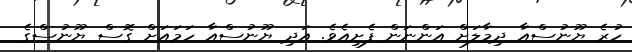
ހުރެ ޔޫނުސްއާ ދިމާލަށް އަންނަން ފެށިއެވެ. އަދި ޔޫނުސްއާ ހަމައަށް ގޮސް ޔޫނުސްގެ